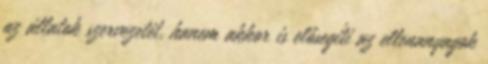
az állatok szervezetét, hanem akkor is elősegíti az ellenanyagok